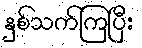
နှစ်သက်ကြပြီး